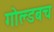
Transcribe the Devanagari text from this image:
गोल्डबच